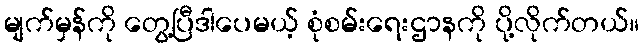
မျက်မှန်ကို တွေ့ပြီဒါပေမယ့် စုံစမ်းရေးဌာနကို ပို့လိုက်တယ်။